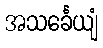
အသင်္ခေယျံ